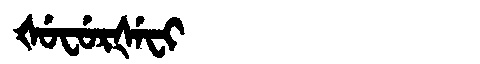
Manchu: ᡧᡠᠸᡠᡵᡧᡝᠸᡳ
Romanization: ŠUFURŠEFI